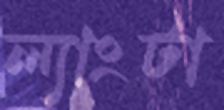
ল্যাংটা